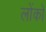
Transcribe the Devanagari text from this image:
लोंको